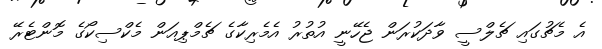
އެ މެޗުގައި ޗެލްސީ ވާދަކުރަން ޖެހޭނީ އުތުރު އެމެރިކާގެ ޗެމްޕިއަން މެކްސިކޯގެ މޮންޓެރޭ